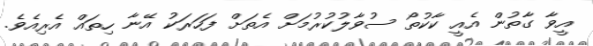
އީވާ ގާތުން އެއީ ކާކުތޯ ސުވާލުކުރުމަށް އެތަށް ފަހަރަކު އޭނާ ހިތައް އެރިއެވެ.